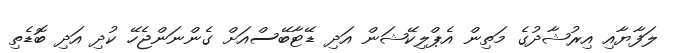
ލަފާޔާއި އިރުޝާދުގެ މަތިން އެޕްލިކޭޝަން އަދި ޑޭޓާބޭސްއަށް ގެންނަންޖެހޭ ކުދި އަދި ބޮޑެތި